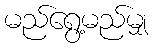
မည်ရွေ့မည်မျှ